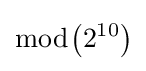
{\bmod {\left(2^{10}\right)}}